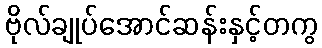
ဗိုလ်ချုပ်အောင်ဆန်းနှင့်တကွ